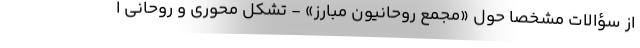
از سؤالات مشخصا حول «مجمع روحانیون مبارز» - تشکل محوری و روحانی ا